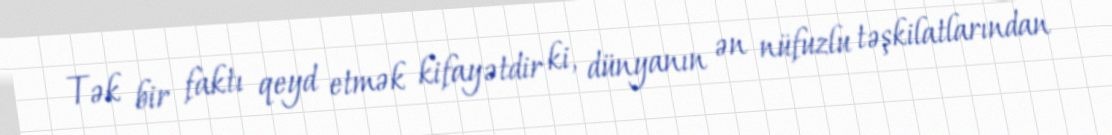
Tək bir faktı qeyd etmək kifayətdir ki, dünyanın ən nüfuzlu təşkilatlarından